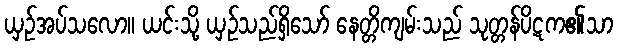
ယှဉ်အပ်သလော။ ယင်းသို့ ယှဉ်သည်ရှိသော် နေတ္တိကျမ်းသည် သုတ္တန်ပိဋက၏သာ